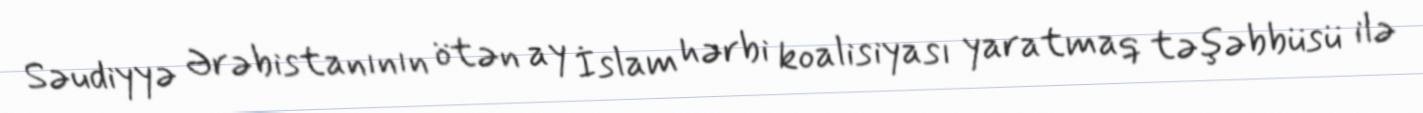
Səudiyyə Ərəbistanının ötən ay İslam hərbi koalisiyası yaratmaq təşəbbüsü ilə